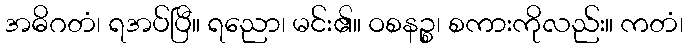
အဓိဂတံ၊ ရအပ်ပြီ။ ရညော၊ မင်း၏။ ဝစနဉ္စ၊ စကားကိုလည်း။ ကတံ၊